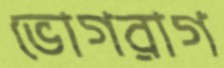
ভোগরাগ